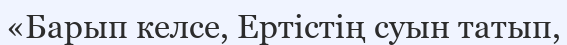
«Барып келсе, Ертістің суын татып,